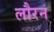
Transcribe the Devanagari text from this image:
लौरन